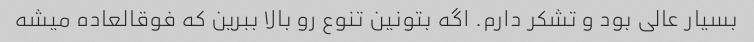
بسیار عالی بود و تشکر دارم. اگه بتونین تنوع رو بالا ببرین که فوقالعاده میشه